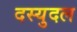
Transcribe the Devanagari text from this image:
दस्युदल